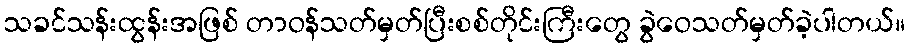
သခင်သန်းထွန်းအဖြစ် တာဝန်သတ်မှတ်ပြီးစစ်တိုင်းကြီးတွေ ခွဲဝေသတ်မှတ်ခဲ့ပါတယ်။